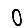
Digit: 0